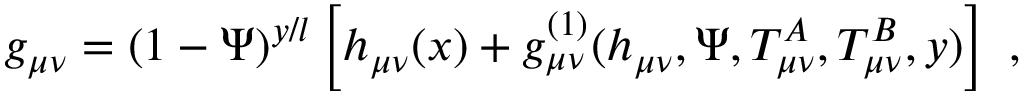
g _ { \mu \nu } = ( 1 - \Psi ) ^ { y / l } \left[ h _ { \mu \nu } ( x ) + g _ { \mu \nu } ^ { ( 1 ) } ( h _ { \mu \nu } , \Psi , T _ { \mu \nu } ^ { A } , T _ { \mu \nu } ^ { B } , y ) \right] \ ,